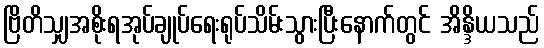
ဗြိတိသျှအစိုးရအုပ်ချုပ်ရေးရုပ်သိမ်းသွားပြီးနောက်တွင် အိန္ဒိယသည်